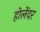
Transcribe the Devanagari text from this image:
होलेंदर